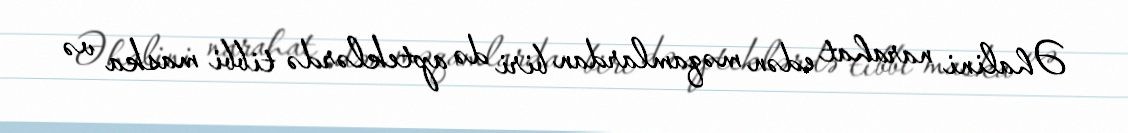
Əhalini narahat edən məqamlardan biri də apteklərdə tibbi maska və